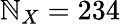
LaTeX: \mathbb{N}_{X}=234